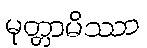
မုတ္တာမိဿာ